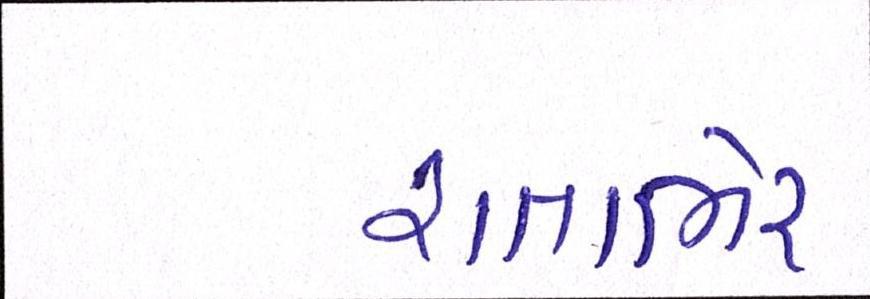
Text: રાતાભેર